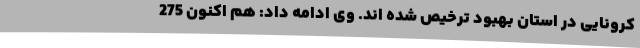
کرونایی در استان بهبود ترخیص شده اند. وی ادامه داد: هم اکنون 275